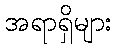
အရာရှိများ